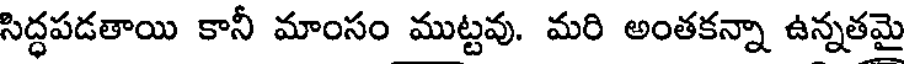
సిద్ధపడతాయి కానీ మాంసం ముట్టవు. మరి అంతకన్నా ఉన్నతమై